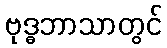
ဗုဒ္ဓဘာသာတွင်